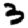
Digit: 3